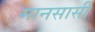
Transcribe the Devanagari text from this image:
मानसासी